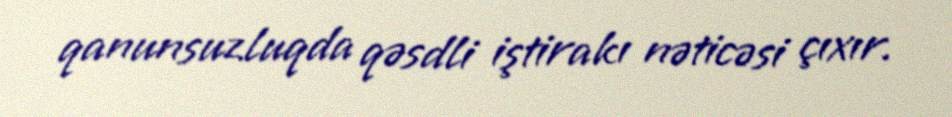
qanunsuzluqda qəsdli iştirakı nəticəsi çıxır.